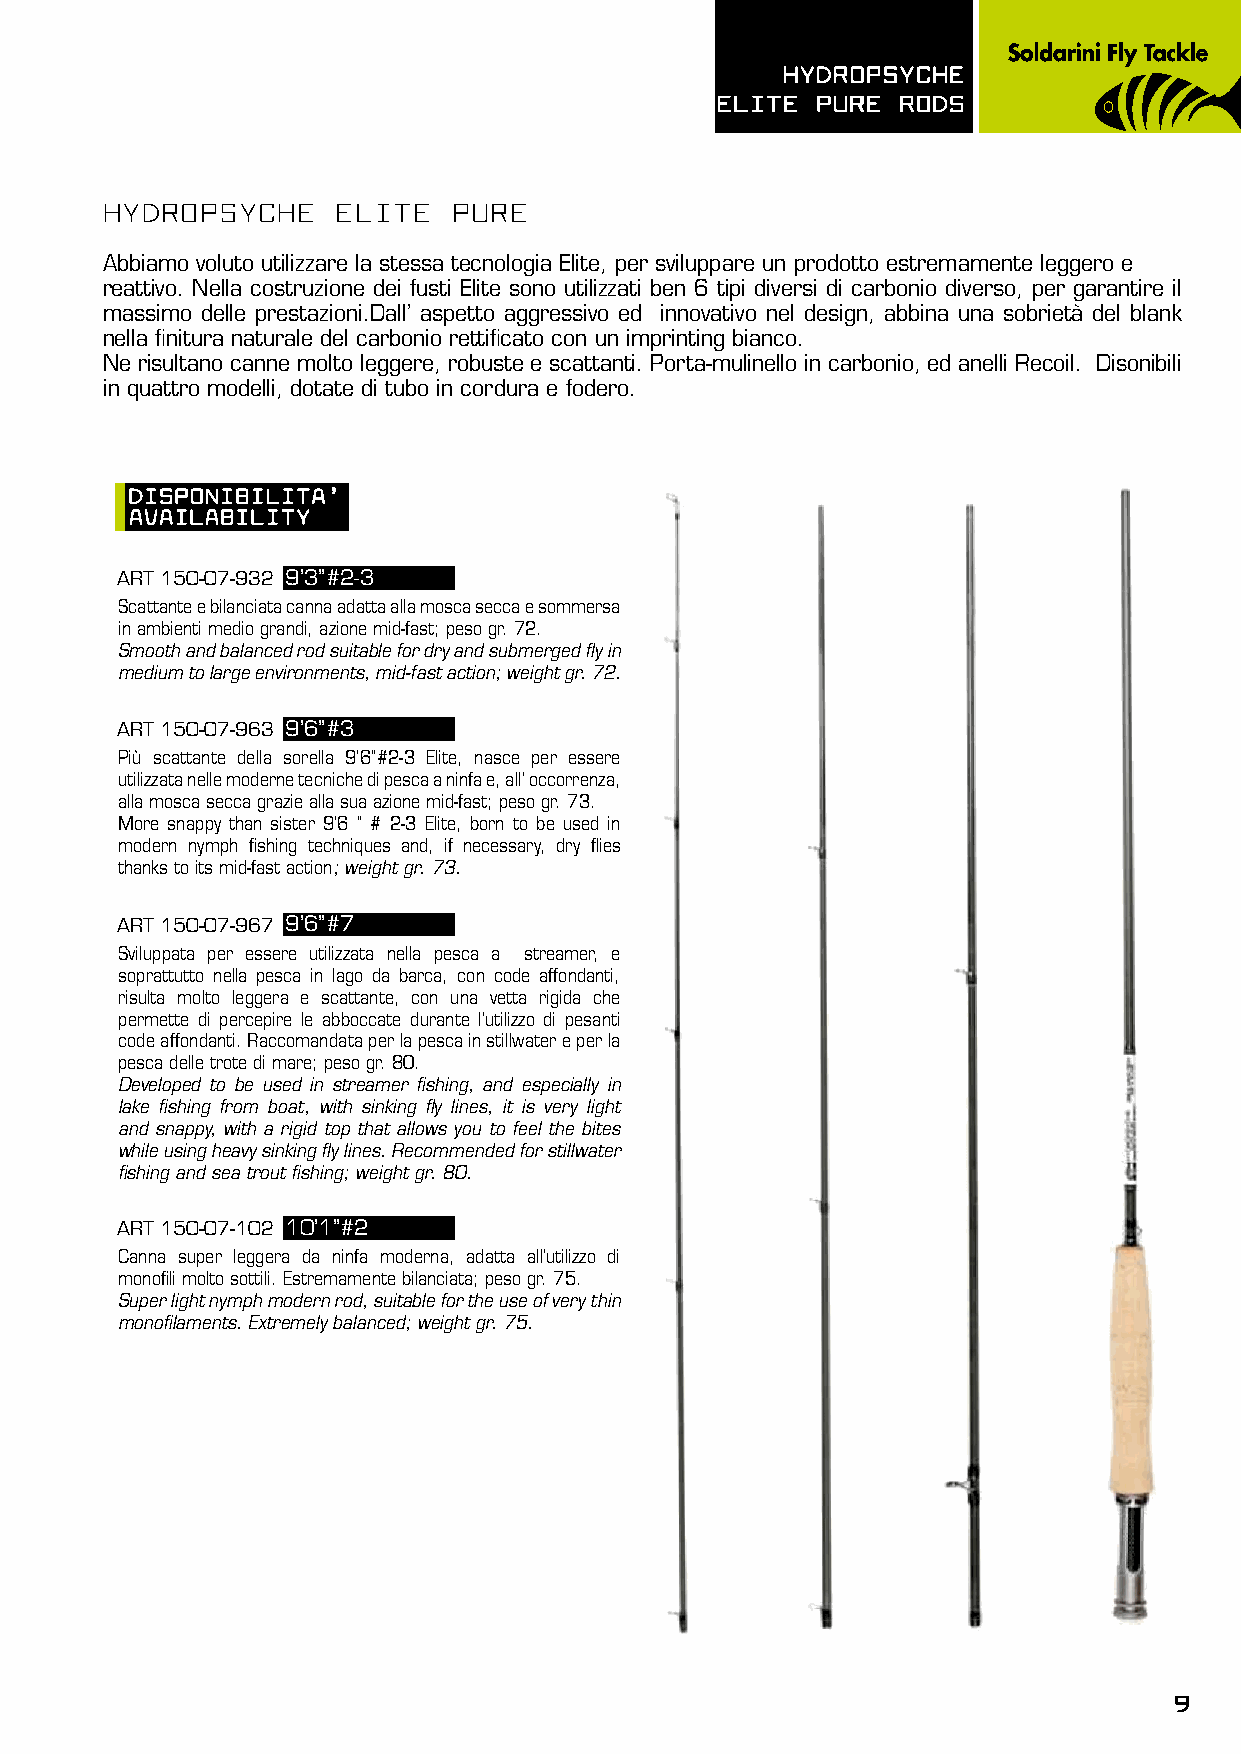
hydROpsyChE
 > MID FAST ACTION BLANK DESIGN                 ELITE  pURE ROds
 > SLIM BLANK
 > 6 DIFFERENTS HIGH MODULUS
 > CARBON CONSTRUCTION
 hydROpsyChE    ELITE   pURE
 SANDED FINISH
 > SEA GUIDE STRIPPER GUIDE
 Abbiamo voluto utilizzare la stessa tecnologia Elite, per sviluppare un prodotto estremamente leggero e
 > REC - RECOIL GUIDES
 reattivo. Nella costruzione dei fusti Elite sono utilizzati ben 6 tipi diversi di carbonio diverso, per garantire il
 > BAR STOK 6061 ALUMINIUM
 massimo delle prestazioni.Dall’ aspetto aggressivo ed innovativo nel design, abbina una sobrietà del blank
 WITH WOVEN CARBON INSERT
 nella finitura naturale del carbonio rettificato con un imprinting bianco.
 > ANTI TWIST JOINT Ne risultano canne molto leggere, robuste e scattanti. Porta-mulinello in carbonio, ed anelli Recoil. Disonibili
 > AAA GRADE CORK HANDLE in quattro modelli, dotate di tubo in cordura e fodero.
 > CORDURA ROD TUBE + CLOTH BAG
 dIspOnIBILITA’
 AVAILABILITy
 ART 150-07-932 9’3’’#2-3
 Scattante e bilanciata canna adatta alla mosca secca e sommersa
 in ambienti medio grandi, azione mid-fast; peso gr. 72.
 Smooth and balanced rod suitable for dry and submerged fly in
 medium to large environments, mid-fast action; weight gr. 72.
 ART 150-07-963 9’6’’#3
 Più scattante della sorella 9’6’’#2-3 Elite, nasce per essere
 utilizzata nelle moderne tecniche di pesca a ninfa e, all’ occorrenza,
 alla mosca secca grazie alla sua azione mid-fast; peso gr. 73.
 More snappy than sister 9’6 ’’ # 2-3 Elite, born to be used in
 modern nymph fishing techniques and, if necessary, dry flies
 thanks to its mid-fast action; weight gr. 73.
 ART 150-07-967 9’6’’#7
 Sviluppata per essere utilizzata nella pesca a streamer, e
 soprattutto nella pesca in lago da barca, con code affondanti,
 risulta molto leggera e scattante, con una vetta rigida che
 permette di percepire le abboccate durante l’utilizzo di pesanti
 code affondanti. Raccomandata per la pesca in stillwater e per la
 pesca delle trote di mare; peso gr. 80.
 Developed to be used in streamer fishing, and especially in
 lake fishing from boat, with sinking fly lines, it is very light
 and snappy, with a rigid top that allows you to feel the bites
 while using heavy sinking fly lines. Recommended for stillwater
 fishing and sea trout fishing; weight gr. 80.
 ART 150-07-102 10’1’’#2
 Canna super leggera da ninfa moderna, adatta all’utilizzo di
 monofili molto sottili. Estremamente bilanciata; peso gr. 75.
 Super light nymph modern rod, suitable for the use of very thin
 monofilaments. Extremely balanced; weight gr. 75.
 9